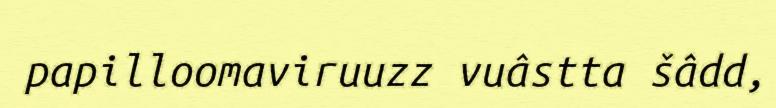
papilloomaviruuzz vuâstta šâdd,